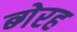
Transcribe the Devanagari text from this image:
ब्गेरह